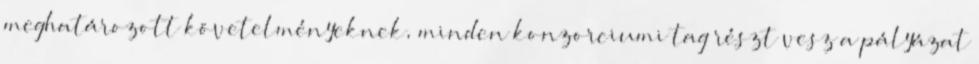
meghatározott követelményeknek, minden konzorciumi tag részt vesz a pályázat